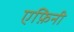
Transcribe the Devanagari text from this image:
एफ़िनी